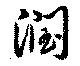
潤